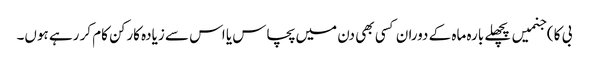
بی کا ) جنمیں پچھلے بارہ ماہ کے دوران کسی بھی دن میں پچاس یا اس سے زیادہ کارکن کام کر رہے ہوں۔